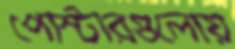
পোস্টারগুলোয়